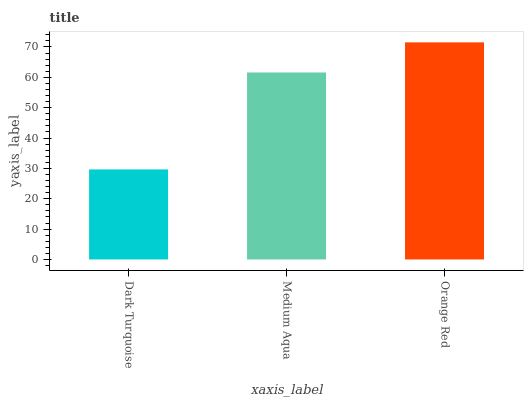
| xaxis_label | bars |
 | --- | --- |
 | Dark Turquoise | 29.7 |
 | Medium Aqua | 61.6 |
 | Orange Red | 71.5 |